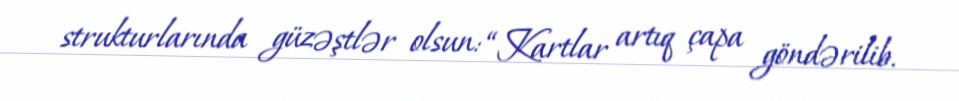
strukturlarında güzəştlər olsun: “Kartlar artıq çapa göndərilib.